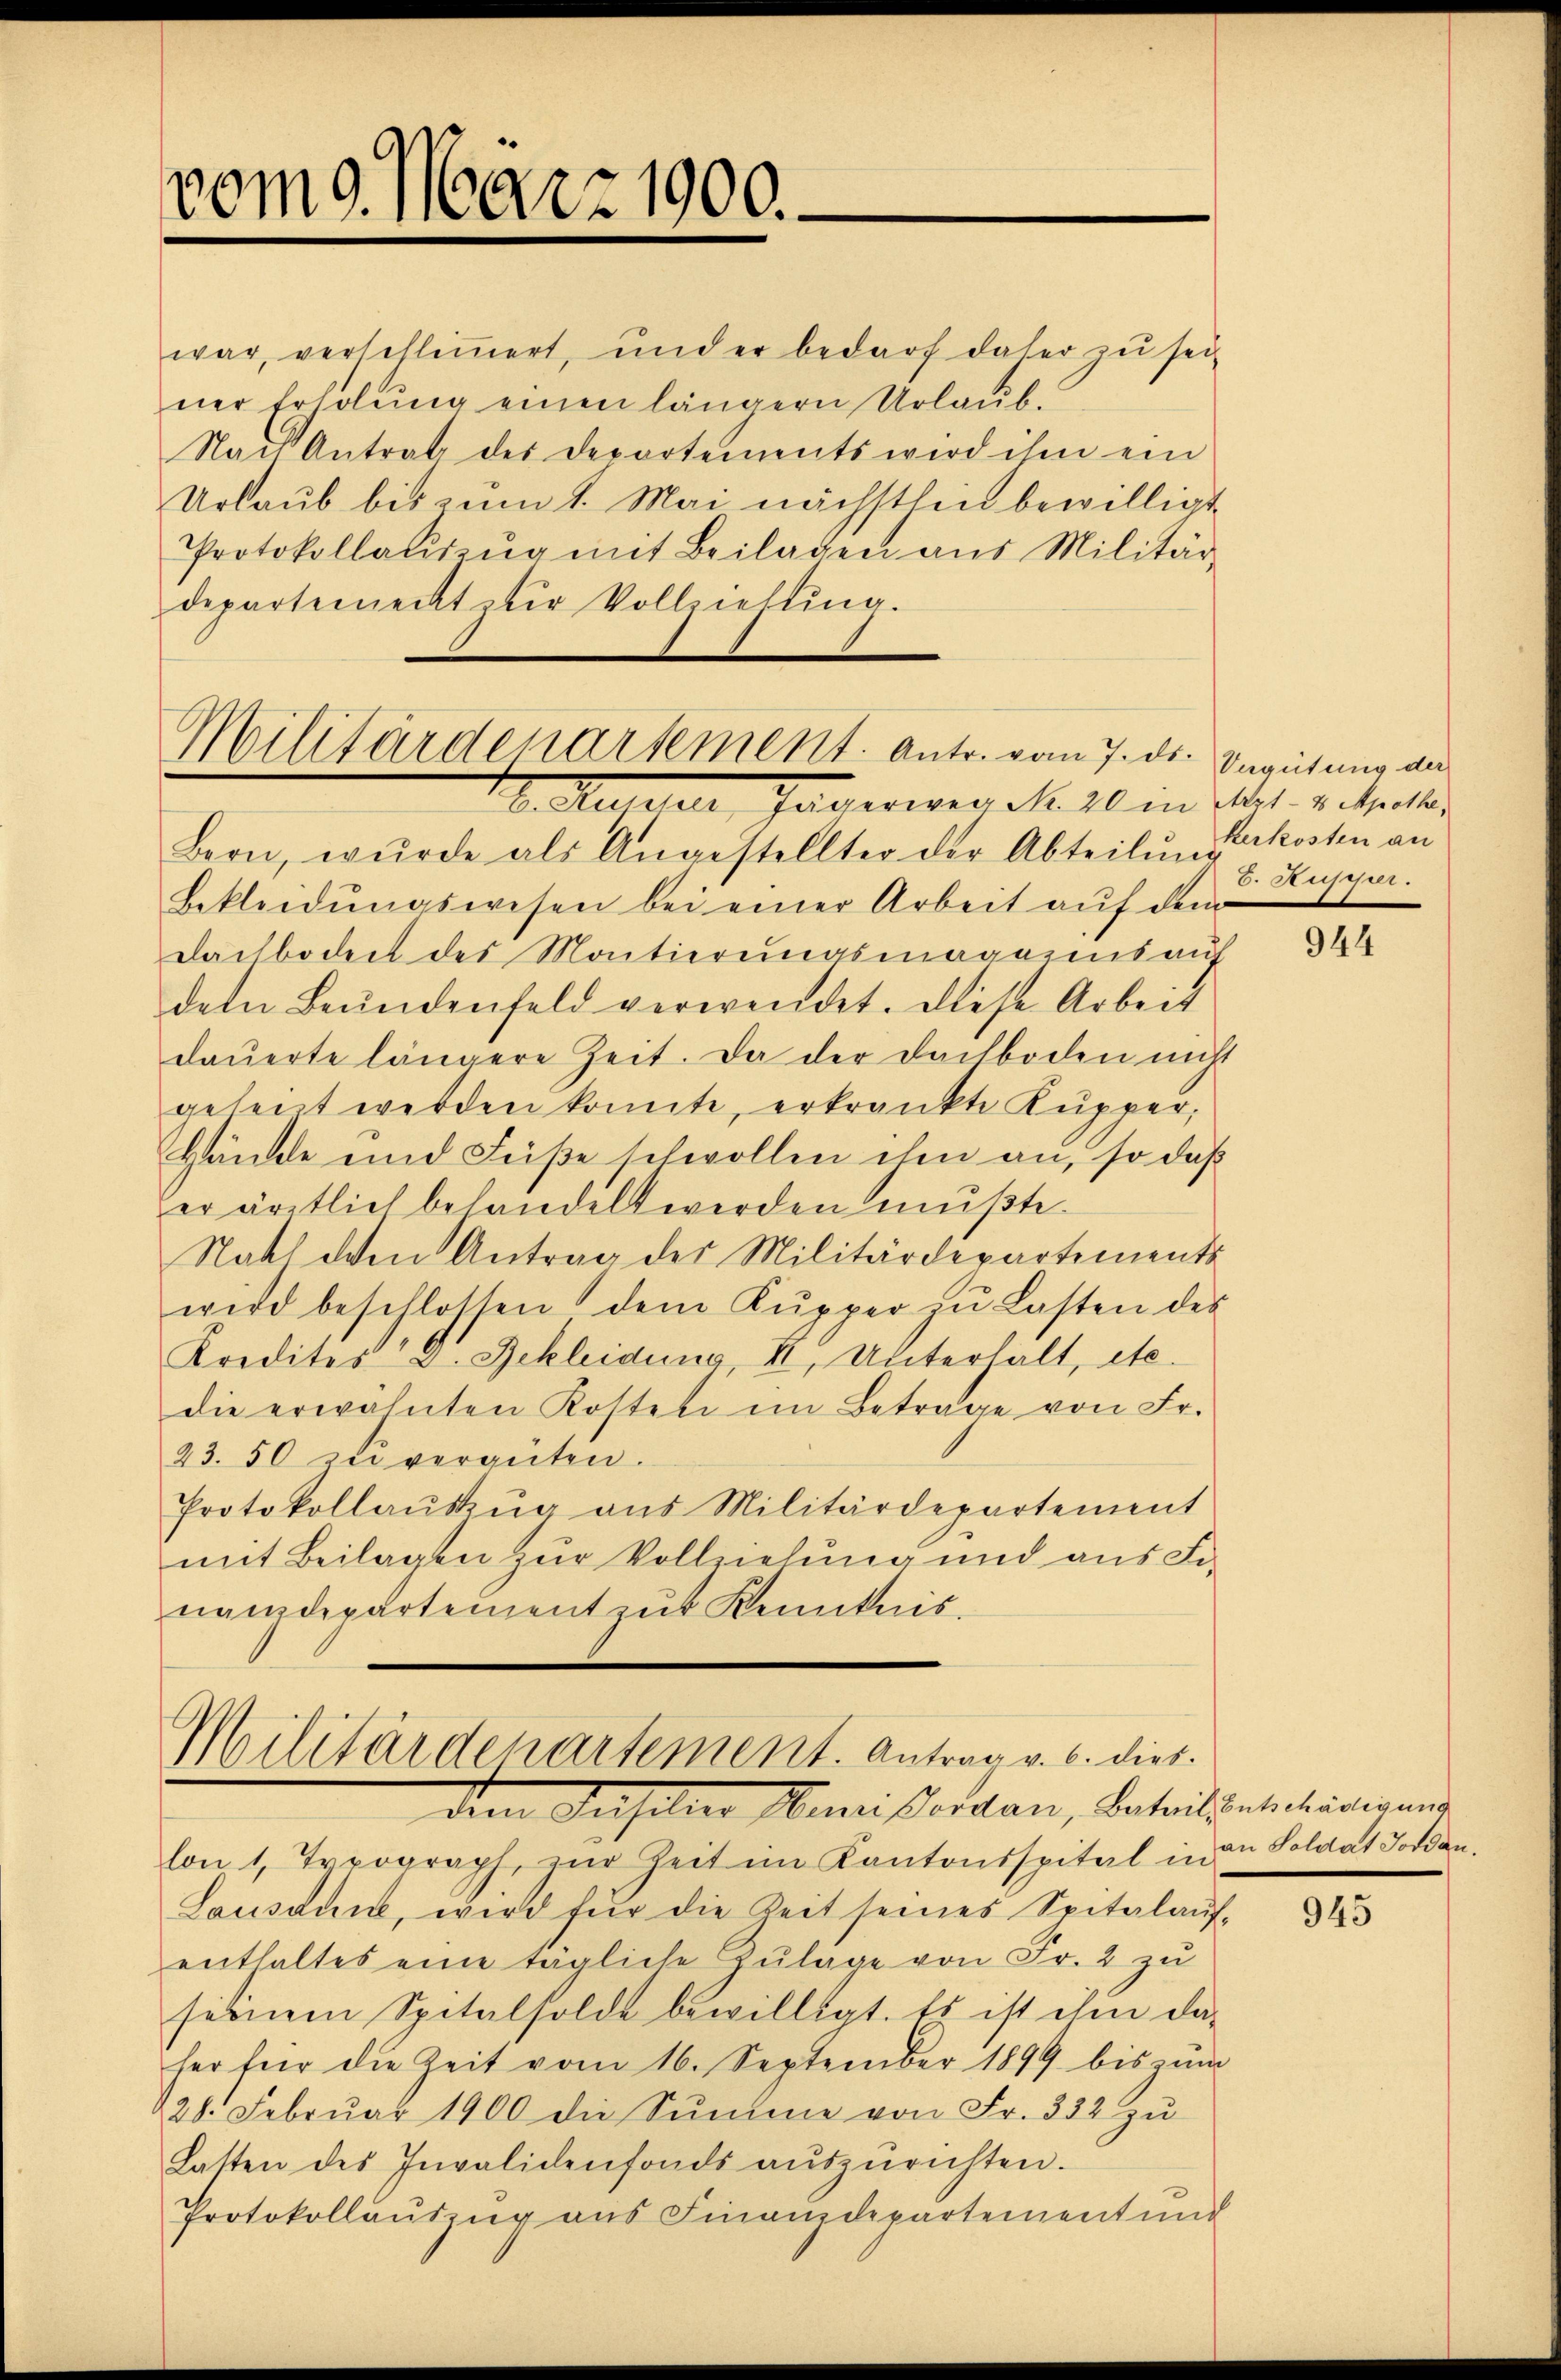
vom 9. März 1900.

war, verschliṁert, und er bedarf daher zŭ sei
ner Erhöhŭng einen längern Urlaŭb.
Nach Antrat des Departements wird ihm ein
Urlaub bis zum 1. Mai nächsthin bewilligt
Protokollaŭszŭg mit Beilagen aus Militär-
departement der Vollziehung.

Militärdepartement. Antr. vom 7. ds.
1o. Mutter, Jägerien Nr. 20 in Art. v. Mechar

Militärdepartement. Antrag v. 6. dies.
dem Vasilie Ministerdan, Betreitsentischeidigung

Bern, wurde als Angestellter der Abteilŭngskosten an
Bekleidŭngswesen bei einer Arbeit aŭf dem
Dachboden des Montierungsmagains auf
dem Beŭndenfeld verwendet. Diese Arbeit
dauerte längere Zeit. Da der Dachboden nicht
gesent werden konnte, erkrankte Kupper,
Hände und Füße schwollen ihm an, so daß
er ärztlich behandelt werden mŭβte.
Nach dem Antrag des Militärdepartements
wird beschlossen dem Kŭpper zŭ Lasten des
Kredites V. Bekleidung, II, Unterhalt, etc.
die erwähnten Kosten im Betrage von Fr.
23.50 zu vergüten.
Protokollaŭszŭg ans Militärdepartement
mit Beilagen zur Vollziehung und aus Fi-
namdepartement zur Kenntnis.

lon 1. Topograph, zŭr Zeit im Kantonsspital in den Soldat Jordan¬
Lausanne, wird für die Seit seines Spitalaŭf-
enthaltes eine tägliche Zŭlage von Fr. 2 zu
seinem Spitalsölde bewilligt. Es ist ihm da-
her für die Zeit vom 16. September 1899 bis zŭm
228. Febrŭar 1900 die Sŭmme von Fr. 332 zŭ
Latten des Invalidenfonds aŭszŭrichten.
Protokollausing aus Finanzdepartement und

Vergütung der
6. Restelt.

944

945